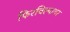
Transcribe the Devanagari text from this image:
फिरविल्यावर